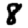
Digit: 8